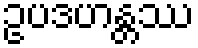
ဥပဒဟန္တဿ